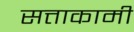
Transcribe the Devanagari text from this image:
सत्ताकामी